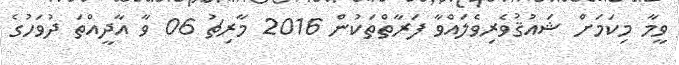
ވީމާ މިކަމަށް ޝައުޤުވެރިވެލައްވާ ފަރާތްތަކުން 2016 މާރިޗު 06 ވާ އާދީއްތަ ދުވަހުގެ